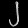
Digit: ၂